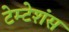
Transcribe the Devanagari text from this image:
टेम्टेशंस